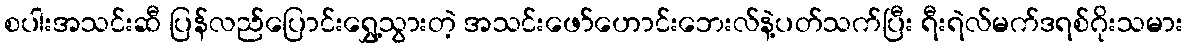
စပါးအသင်းဆီ ပြန်လည်ပြောင်းရွှေ့သွားတဲ့ အသင်းဖော်ဟောင်းဘေးလ်နဲ့ပတ်သက်ပြီး ရီးရဲလ်မက်ဒရစ်ဂိုးသမား